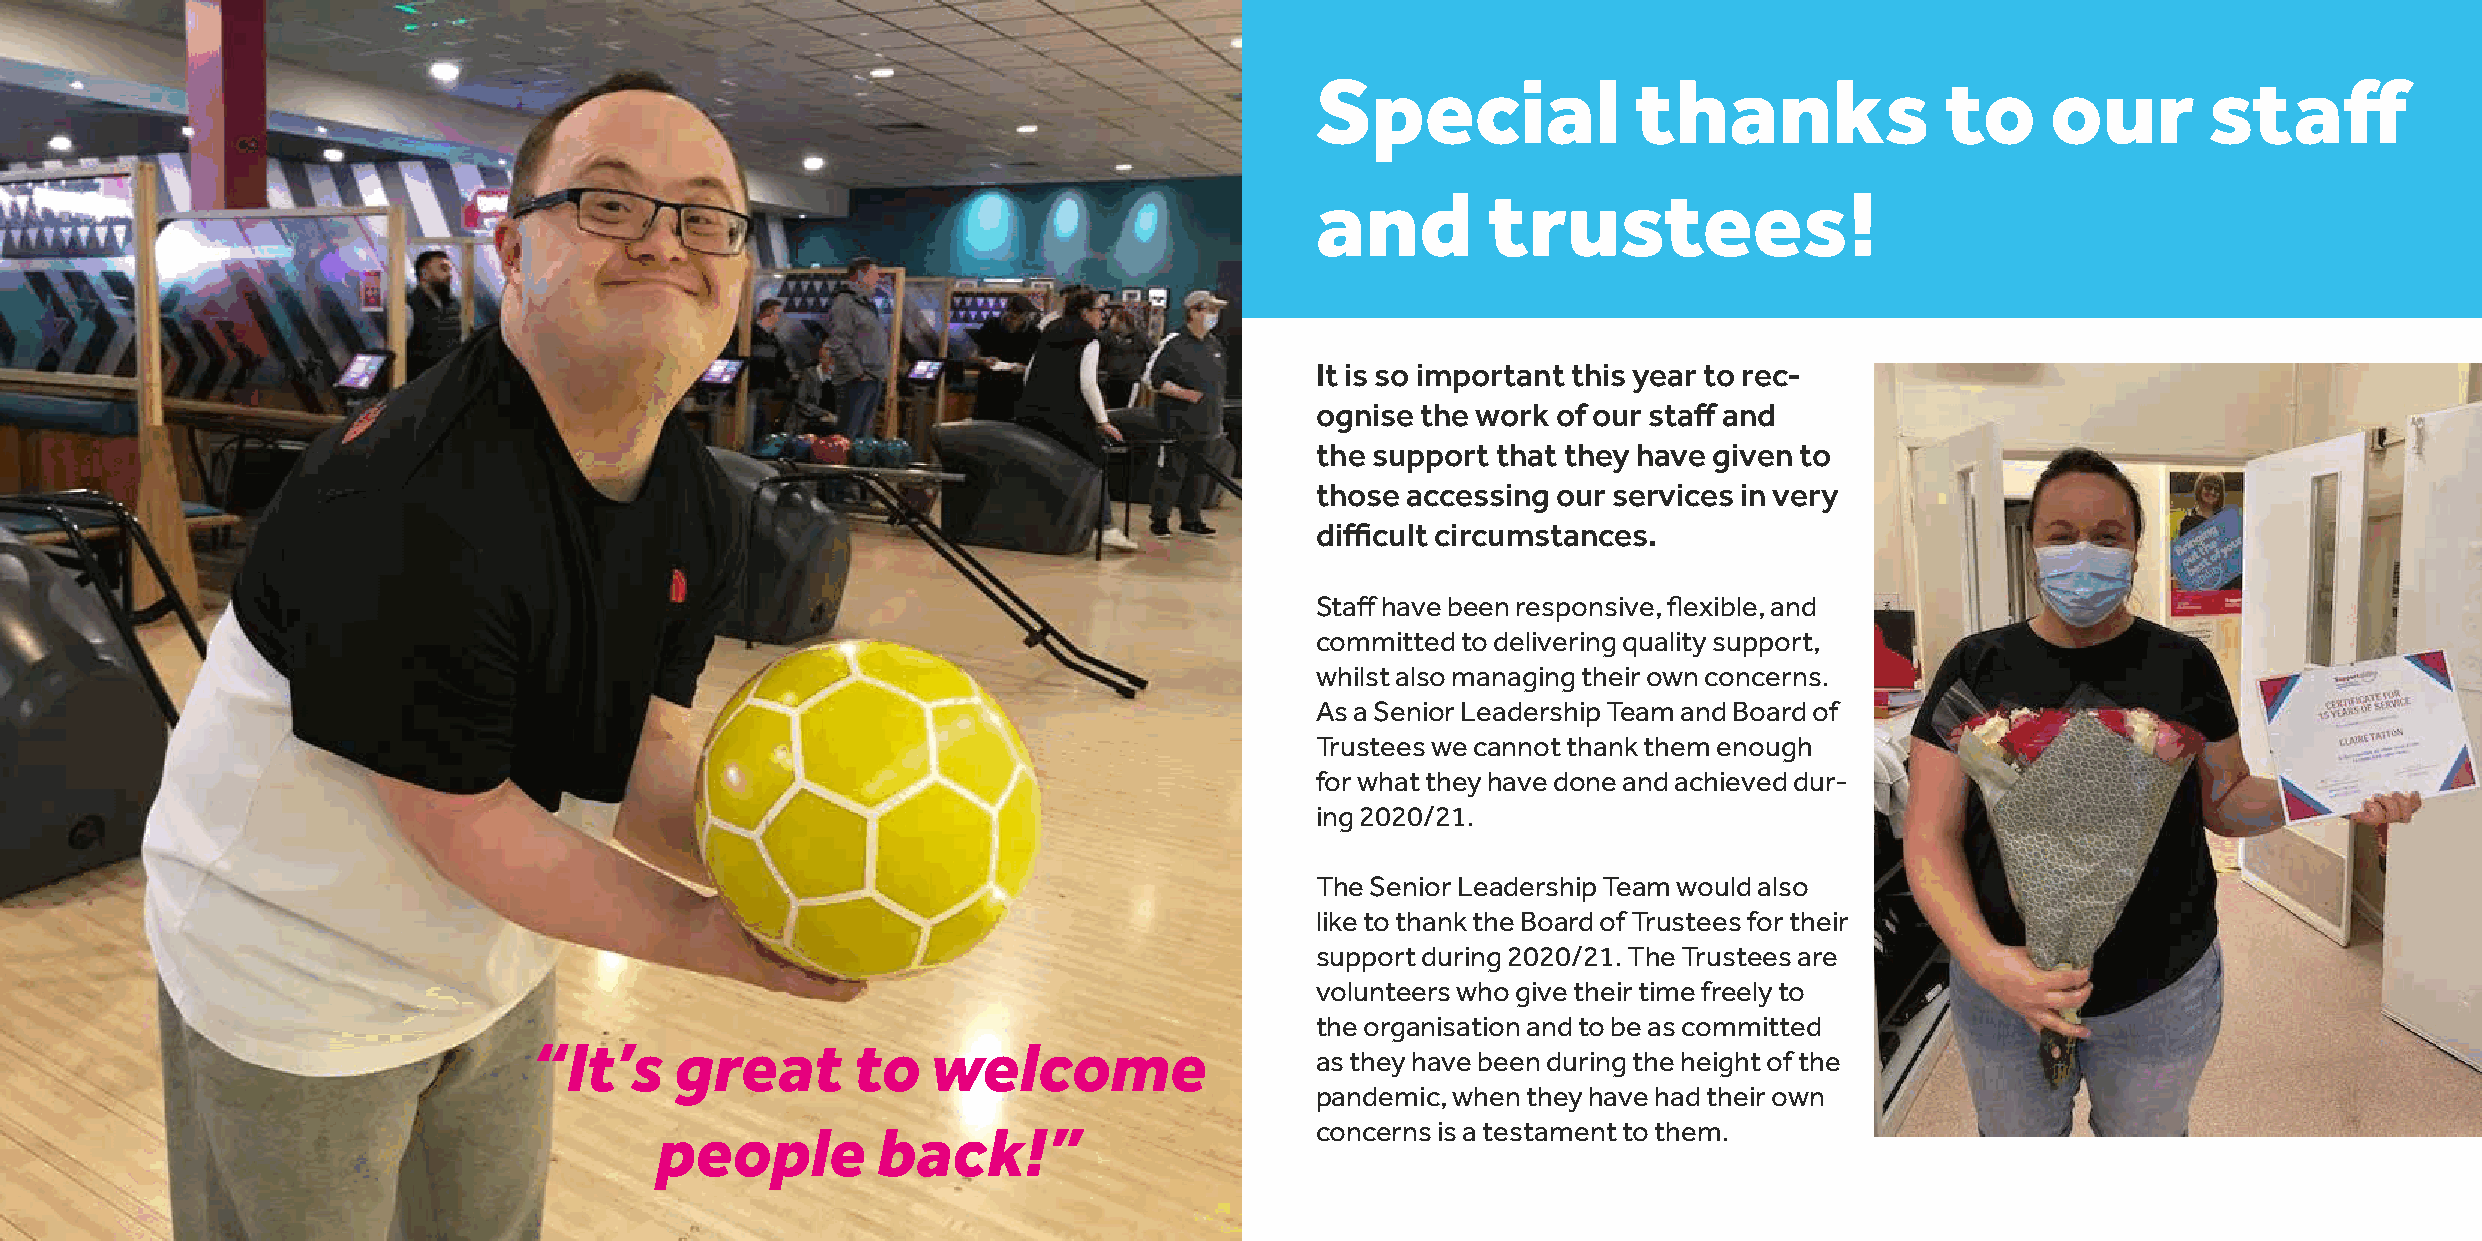
Special              thanks               to     our       staff
 and        trustees!
 It is so important this year to rec-
 ognise the work of our staff and
 the support that they have given to
 those accessing our services in very
 difficult circumstances.
 Staff have been responsive, flexible, and
 committed to delivering quality support,
 whilst also managing their own concerns.
 As a Senior Leadership Team and Board of
 Trustees we cannot thank them enough
 for what they have done and achieved dur-
 ing 2020/21.
 The Senior Leadership Team would also
 like to thank the Board of Trustees for their
 support during 2020/21. The Trustees are
 volunteers who give their time freely to
 the organisation and to be as committed
 “It’s     great      to    welcome
 as they have been during the height of the
 pandemic, when they have had their own
 people         back!”                       concerns is a testament to them.